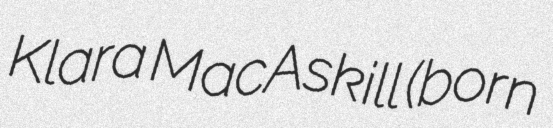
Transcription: Klara MacAskill (born